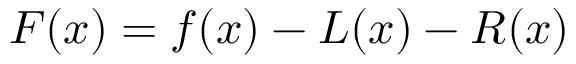
F ( x ) = f ( x ) - L ( x ) - R ( x )